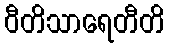
ဝီတိသာရေတီတိ